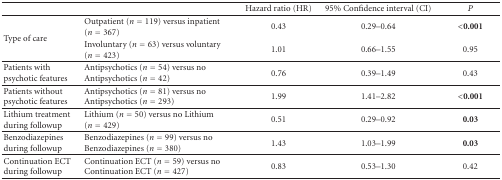
<table><thead><tr><td></td><td></td><td><b>Hazard ratio (HR)</b></td><td><b>95% Confidence interval (CI)</b></td><td><b><i>P</i></b></td></tr></thead><tbody><tr><td rowspan="2">Type of care</td><td>Outpatient (<i>n</i> = 119) versus inpatient (<i>n</i> = 367)</td><td>0.43</td><td>0.29–0.64</td><td><b>&lt;0.001</b></td></tr><tr><td>Involuntary (<i>n</i> = 63) versus voluntary (<i>n</i> = 423)</td><td>1.01</td><td>0.66–1.55</td><td>0.95</td></tr><tr><td>Patients with psychotic features</td><td>Antipsychotics (<i>n</i> = 54) versus no Antipsychotics (<i>n</i> = 42)</td><td>0.76</td><td>0.39–1.49</td><td>0.43</td></tr><tr><td>Patients without psychotic features</td><td>Antipsychotics (<i>n</i> = 81) versus no Antipsychotics (<i>n</i> = 293)</td><td>1.99</td><td>1.41–2.82</td><td><b>&lt;0.001</b></td></tr><tr><td>Lithium treatment during followup</td><td>Lithium (<i>n</i> = 50) versus no Lithium (<i>n</i> = 429)</td><td>0.51</td><td>0.29–0.92</td><td><b>0.03</b></td></tr><tr><td>Benzodiazepines during followup</td><td>Benzodiazepines (<i>n</i> = 99) versus no Benzodiazepines (<i>n</i> = 380)</td><td>1.43</td><td>1.03–1.99</td><td><b>0.03</b></td></tr><tr><td>Continuation ECT during followup</td><td>Continuation ECT (<i>n</i> = 59) versus no Continuation ECT (<i>n</i> = 427)</td><td>0.83</td><td>0.53–1.30</td><td>0.42</td></tr></tbody></table>